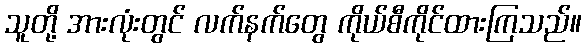
သူတို့ အားလုံးတွင် လက်နက်တွေ ကိုယ်စီကိုင်ထားကြသည်။